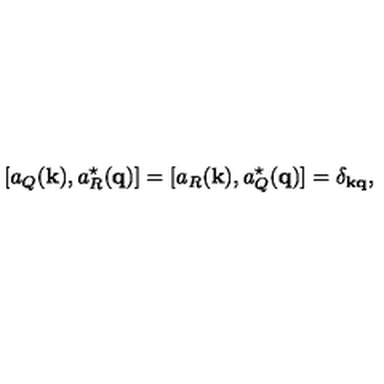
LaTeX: [ a _ { Q } ( { \bf k } ) , a _ { R } ^ { \mathrm { \normalsize \star } } ( { \bf q } ) ] = [ a _ { R } ( { \bf k } ) , a _ { Q } ^ { \mathrm { \normalsize \star } } ( { \bf q } ) ] = \delta _ { \bf k q } ,